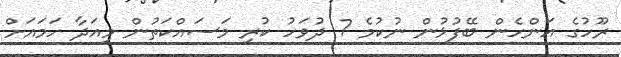
ރޫހުގެ އަންހެން ބޭފުޅުން ނުކުމެ 7 ދުވަހު ކުރި މަސައްކަތުން މިއަދާ ހަމައަށް